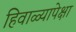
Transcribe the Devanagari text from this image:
हिवाळ्यापेक्षा